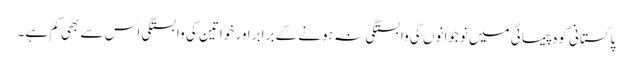
پاکستانی کوہ پیمائی میں نوجوانوں کی وابستگی نہ ہونے کے برابر اور خواتین کی وابستگی اس سے بھی کم ہے۔